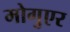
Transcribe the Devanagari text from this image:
मोगुएर